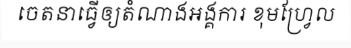
ចេតនាធ្វើឲ្យតំណាងអង្គការ ខុមហ្វ្រែល